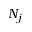
N _ { j }